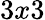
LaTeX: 3x3